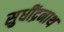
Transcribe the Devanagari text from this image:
सुधींद्रनाथ